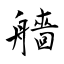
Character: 艢